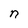
Character: n